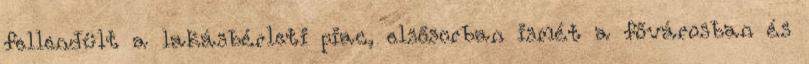
fellendült a lakásbérleti piac, elsősorban ismét a fővárosban és